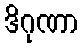
ဒိဂုဏာ